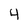
Character: 4